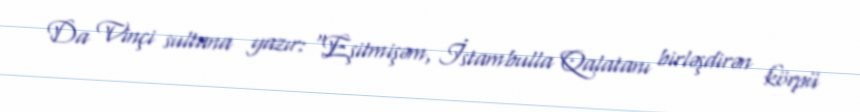
Da Vinçi sultana yazır: "Eşitmişəm, İstambulla Qalatanı birləşdirən körpü